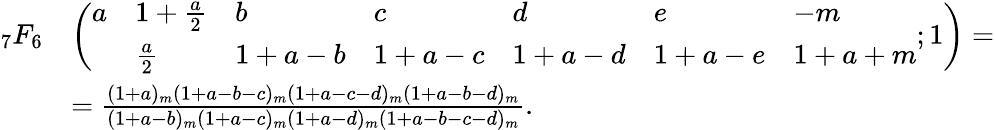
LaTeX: {\begin{array}{rl}{_{7}F_{6}}&{\left({\begin{array}{lllllll}{a}&{1+{\frac{a}{2}}}&{b}&{c}&{d}&{e}&{-m}\\ &{{\frac{a}{2}}}&{1+a-b}&{1+a-c}&{1+a-d}&{1+a-e}&{1+a+m}\end{array}};1\right)=}\\ &{={\frac{(1+a)_{m}(1+a-b-c)_{m}(1+a-c-d)_{m}(1+a-b-d)_{m}}{(1+a-b)_{m}(1+a-c)_{m}(1+a-d)_{m}(1+a-b-c-d)_{m}}}.}\end{array}}